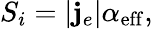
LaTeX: S_{i}=|{\mathbf j}_{e}|\alpha_{\mathrm{eff}},